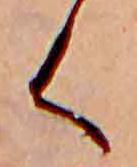
く